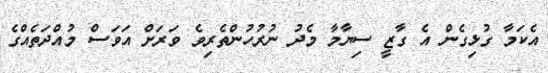
އެކަމާ ގުޅިގެން އެ ގާޒީ ސިޔާމާ މެދު ނުރުހުންތެރިވެ ވަރަށް އަވަސް މުއްދަތެއްގެ